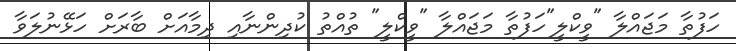
ހަފުތާ މަޖައްލާ "ވީކްލީ"ހަފުތާ މަޖައްލާ "ވީކްލީ" ތުއްތު ކުދިންނާއި ދިމާއަށް ބާރަށް ހަޅޭނުލަވާ